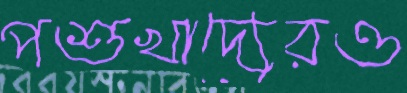
পশুখাদ্যেরও